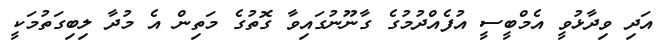
އަދި ވިދާޅުވީ އެމްބީސީ އުފެއްދުމުގެ ގާނޫނުގައިވާ ގޮތުގެ މަތިން އެ މުދާ ލިބިގަތުމަކީ